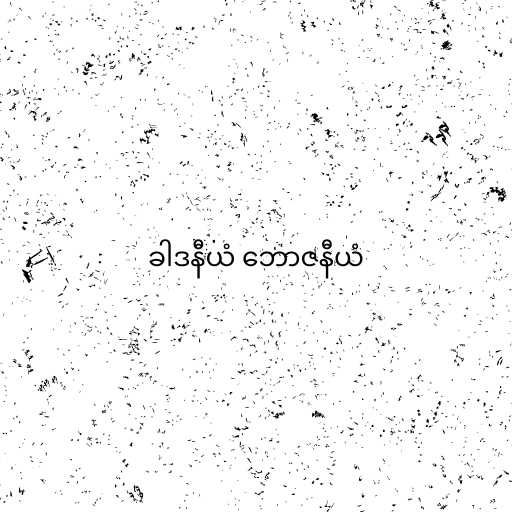
ခါဒနီယံ ဘောဇနီယံ